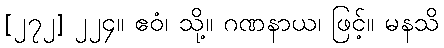
[၂၇၂] ၂၂၄။ ဧဝံ၊ သို့။ ဂဏနာယ၊ ဖြင့်။ မနသိ